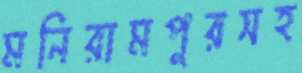
মনিরামপুরসহ